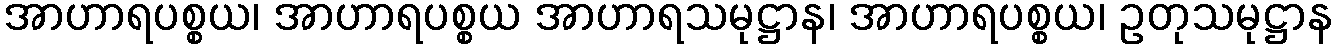
အာဟာရပစ္စယ၊ အာဟာရပစ္စယ အာဟာရသမုဋ္ဌာန၊ အာဟာရပစ္စယ၊ ဥတုသမုဋ္ဌာန